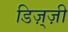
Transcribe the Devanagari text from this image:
डिज़्ज़ी